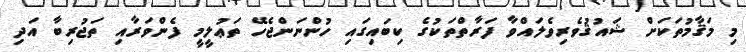
މި މަޤާމުތަކަށް ޝައުޤުވެރިވެލައްވާ ފަރާތްތަކުގެ ކިބައިގައި ހުންނަންޖެހޭ ތަޢުލީމީ ފެންވަރާއި ތަޖުރިބާ އަދި